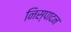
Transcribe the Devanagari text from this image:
निस्पादन